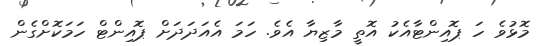
މޮޅުވެ ހަ ޕޮއިންޓާއެކު އޮތީ މާޒިޔާ އެވެ. ހަމަ އެއަދަދަށް ޕޮއިންޓް ހަމަކޮށްގެން